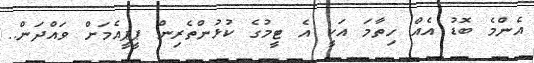
އެންމެ ބޮޑު އެއް ހިތާމަ އަކީ އެ ޓީމުގެ ކުޅުންތެރިން ޕީޕީއެމަށް ވައްދަން..